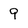
Character: 9